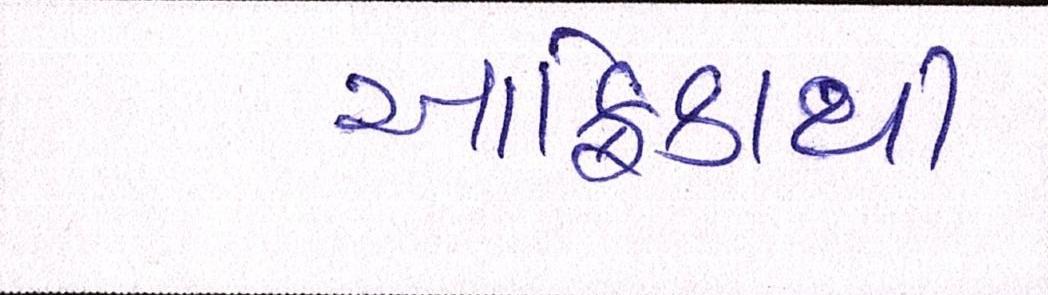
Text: આફ્રિકાથી